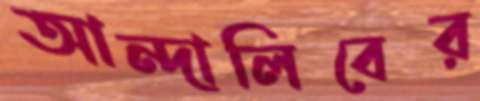
আন্দালিবের